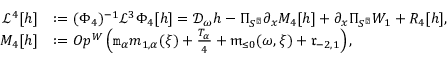
\begin{array} { r l } { \mathcal { L } ^ { 4 } [ h ] } & { : = ( \Phi _ { 4 } ) ^ { - 1 } \mathcal { L } ^ { 3 } \Phi _ { 4 } [ h ] = \mathcal { D } _ { \omega } h - \Pi _ { S ^ { \perp } } \partial _ { x } M _ { 4 } [ h ] + \partial _ { x } \Pi _ { S ^ { \perp } } W _ { 1 } + R _ { 4 } [ h ] , } \\ { M _ { 4 } [ h ] } & { : = O p ^ { W } \left( \mathtt { m } _ { \alpha } m _ { 1 , \alpha } ( \xi ) + \frac { T _ { \alpha } } 4 + \mathfrak { m } _ { \le 0 } ( \omega , \xi ) + \mathfrak { r } _ { - 2 , 1 } \right) , } \end{array}